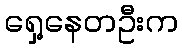
ရှေ့နေတဦးက